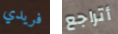
فريدي أتراجع